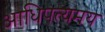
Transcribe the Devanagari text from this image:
आधिपत्यमय